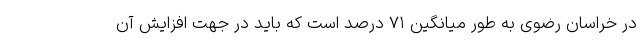
در خراسان رضوی به طور میانگین ۷۱ درصد است که باید در جهت افزایش آن